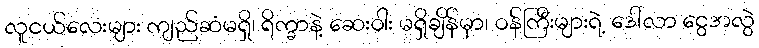
လူငယ်လေးများ ကျည်ဆံမရှိ၊ ရိက္ခာနဲ့ ဆေးဝါး မရှိချိန်မှာ၊ ဝန်ကြီးများရဲ့ ဒေါ်လာ ငွေအလွဲ